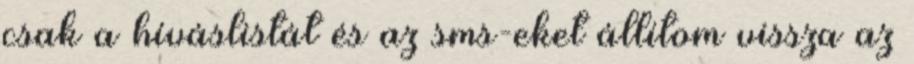
csak a híváslistát és az sms-eket állítom vissza az